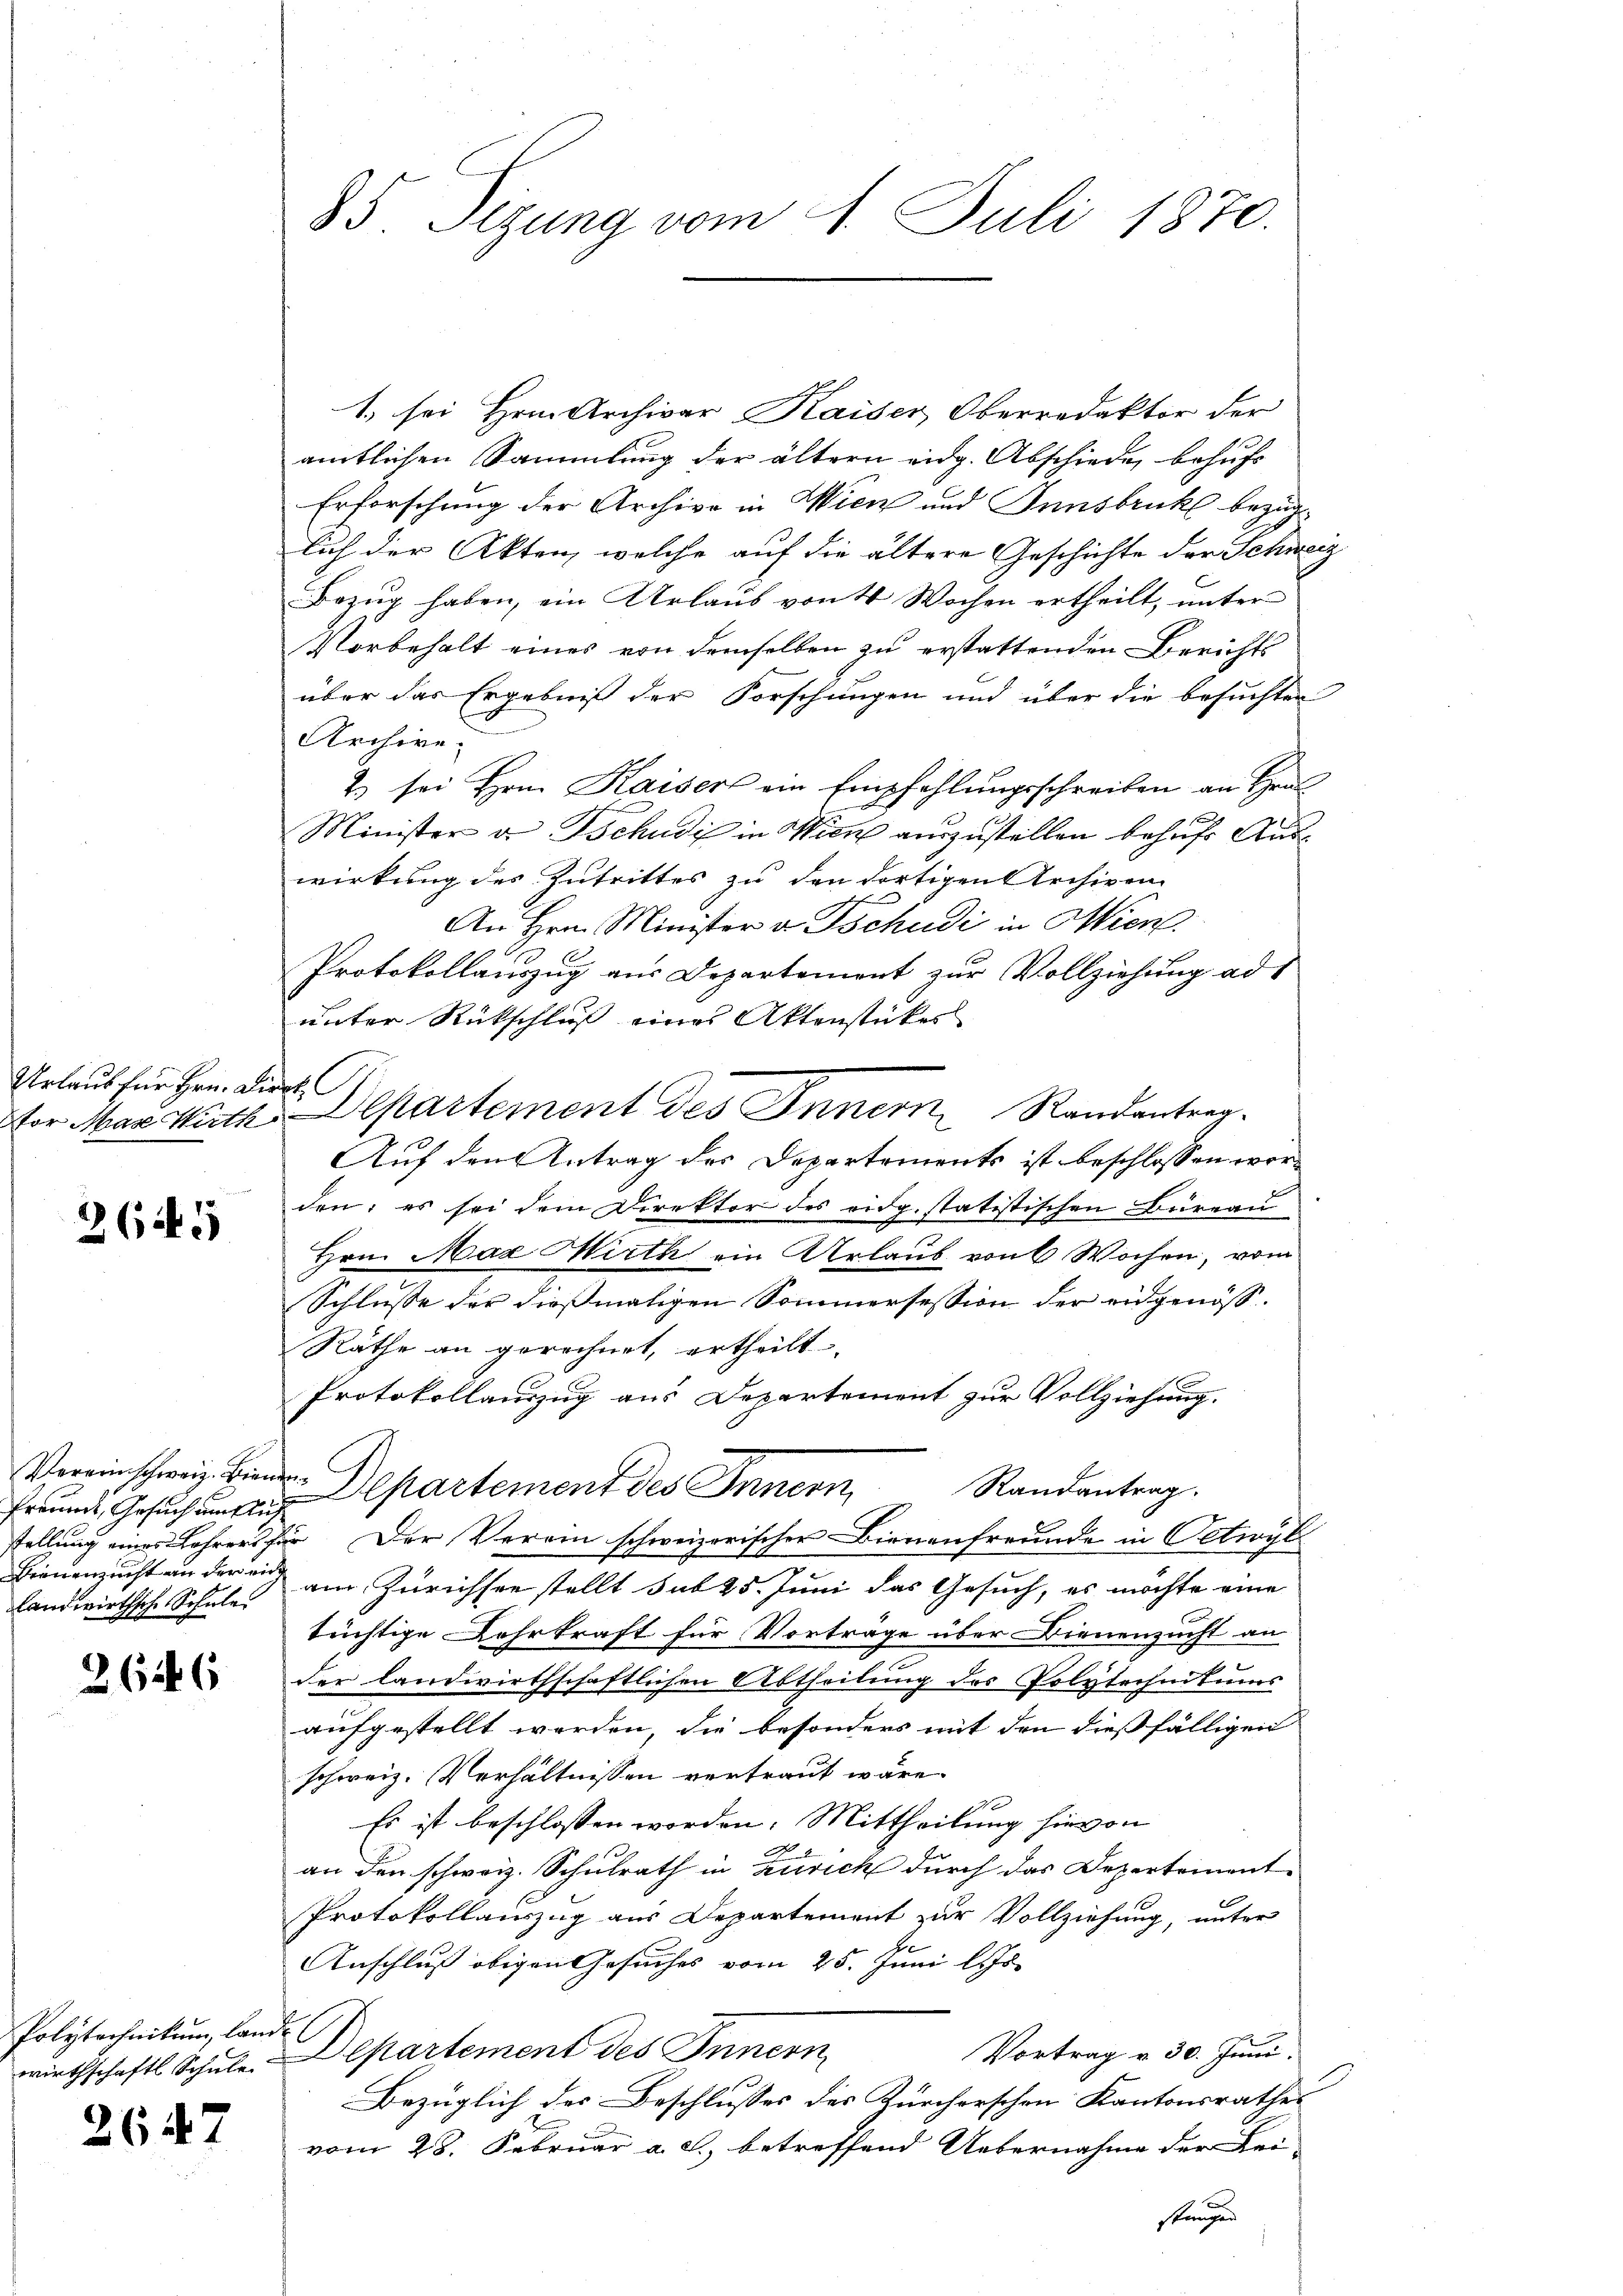
Urlaub für Hrn. Direk

2645

Freunde, Gesuch um Auf
Brinenzicht an der eine
landwirthsche Schule

Polytechnikum, lande

2647

85 Sizung vom 4. Juli 1870.

1. sei Hrn. Archivar Kaiser Oberredaktor der
amtlichen Sammlung der ältern eidg. Abschieden behufs
Erforschung der Archive in Wien und Innsbruk bezüglich der Akten, welche auf die ältere Geschichte der Schweiz
Bezug haben, ein Urlaub von 4 Wochen ertheilt, unter
Vorbehalt eines von demselben zu erstattenden Berichts
über das Ergebniß der Forschungen und über die besuchten
Archive.
2) sei Hrn. Kaiser ein Empfehlungsschreiben an Hrn
Minister u. Tschudis in Wien auszustellen behufs Auswirkung des Zutrittes zu den dortigen Archiven
An Hrn. Minister v. Tschudi in Wien.
Protokollauszug aus Departement zur Vollziehung ad 1
unter Rückschluß eines Aktenstücker
Vor Max Ruth, Departement des Innern Randantrag
Auf den Antrag des Departements ist beschlossen worden; es sei dem Direktor des eidg. statistischen Büreau
Hrn. Max Wirth ein Urlaub von 6 Wochen, vom
Schlusse der dießmaligen Sommersession der eidgenös¬
Räthe an gerechnet, ertheilt
Protokollauszug aus Departement zur Vollziehung.
Vereinschweiz. Eine Departement des Innern Randantrag.
stellung eines Lehrers für Der Verein schweizorischer Bienenfreunde in Oetwyl
am Zürichsee stellt sub 25. Juni das Gesuch, es möchte eine
tüchtige Lehrkraft für Vorträge über Dienenzucht an
 der landwirthschaftlichen Abtheilung des Polytechnikums
aufgestellt werden, die besonders mit den dießfälligen
schweiz. Verhältnissen vertraut wäre.
Es ist beschlossen worden. Mittheilung hievon
an den schweiz. Schulrath in Zürich durch das Departement
Protokollauszug aus Departement zur Vollziehung, unter
Anschluß obigen Gesuches vom 25. Juni l. Js.
Vortrag v. 30. Juni.
wirthschaft Schule. Departement des Innern
Bezüglich des Beschlusses des Zürcherschen Kantonsrathes
vom 28. Februar a. c., betreffend Uebernahme der Lei-
 f
stungen